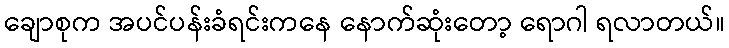
ချောစုက အပင်ပန်းခံရင်းကနေ နောက်ဆုံးတော့ ရောဂါ ရလာတယ်။